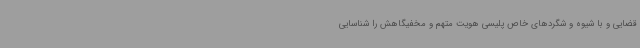
قضایی و با شیوه و شگردهای خاص پلیسی هویت متهم و مخفیگاهش را شناسایی